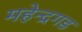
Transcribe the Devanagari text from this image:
महेन्द्रगड